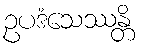
ဥပဒံသေဿန္တိ